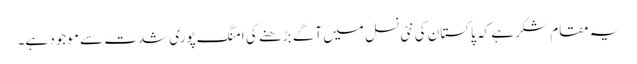
یہ مقام شکر ہے کہ پاکستان کی نئی نسل میں آگے بڑھنے کی امنگ پوری شدت سے موجود ہے۔